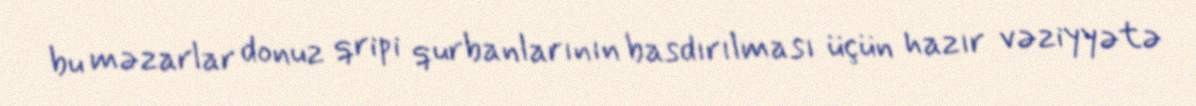
bu məzarlar donuz qripi qurbanlarının basdırılması üçün hazır vəziyyətə